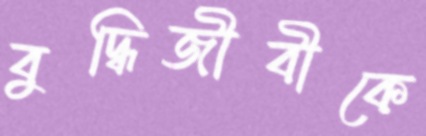
বুদ্ধিজীবীকে